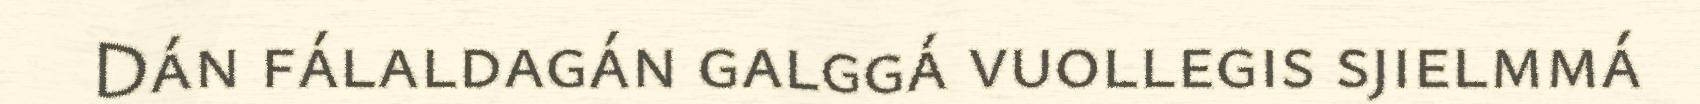
Dán fálaldagán galggá vuollegis sjielmmá